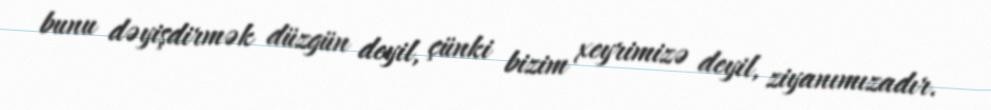
bunu dəyişdirmək düzgün deyil, çünki bizim xeyrimizə deyil, ziyanımızadır.